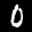
Label: 0